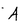
Character: A